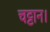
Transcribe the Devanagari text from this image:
चट्टान।